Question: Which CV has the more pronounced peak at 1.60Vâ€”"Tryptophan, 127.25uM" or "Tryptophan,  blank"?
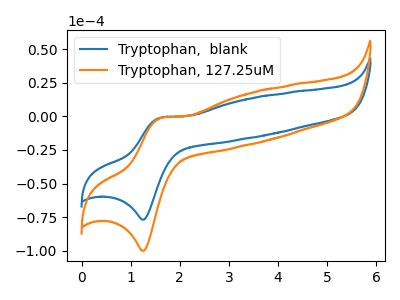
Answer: <think>The blue curve "Tryptophan,  blank" has an anodic peak at (1.60V, -1.00uA) and a cathodic peak at (1.25V, -76.80uA). The orange curve "Tryptophan, 127.25uM" has an anodic peak at (1.60V, -1.30uA) and a cathodic peak at (1.25V, -99.95uA).</think>
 <answer>The peak at 1.60V is lower in "Tryptophan, 127.25uM" than in "Tryptophan,  blank".</answer>
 <eval>lower</eval>